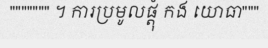
""""""" ។ ការប្រមូលផ្តុំ កង យោធា"""